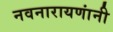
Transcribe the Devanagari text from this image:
नवनारायणांनी